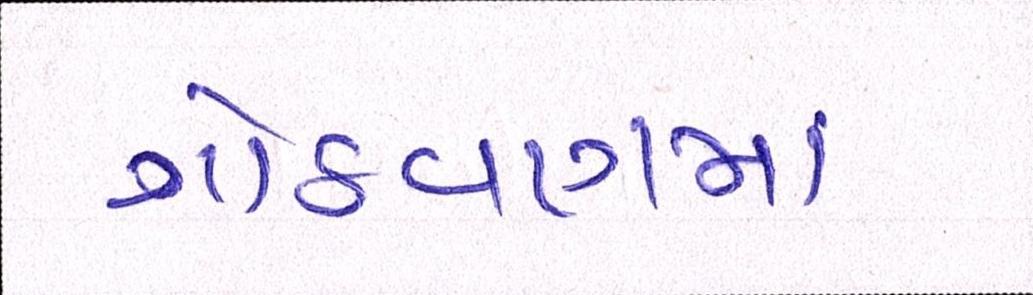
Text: ગોઠવણમાં